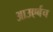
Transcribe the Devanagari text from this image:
आउएर्बच